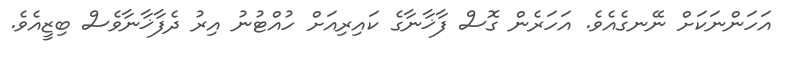
އަހަންނަކަށް ނޭނގެއެވެ. އަހަރެން ގޮސް ފާޚާނާގެ ކައިރިއަށް ހުއްޓުނު އިރު ދެފާޚާނާވެސް ބިޒީއެވެ.